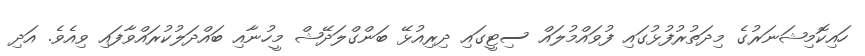
ހައިކޮމިޝަނަރުގެ މިދަތުރުފުޅުގައި ފުވައްމުލައް ސިޓީގައި ދިރިއުޅޭ ބަންގްލަދޭޝް މީހުނާއި ބައްދަލުކުރައްވާފައި ވިއެވެ. އަދި